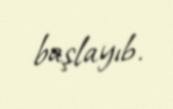
başlayıb.